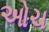
ઓચ